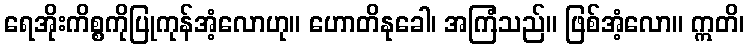
ရေအိုးကိစ္စကိုပြုကုန်အံ့လောဟု။ ဟောတိနုခေါ၊ အကြံသည်။ ဖြစ်အံ့လော။ ဣတိ၊